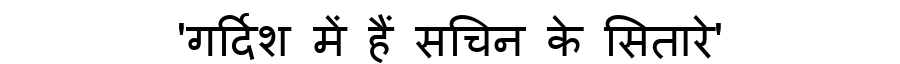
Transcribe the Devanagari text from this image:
'गर्दिश में हैं सचिन के सितारे'